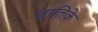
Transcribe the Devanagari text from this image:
ज्ञातिके